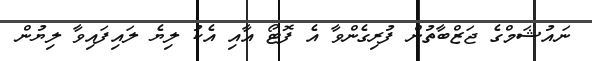
ނައުޝަމްގެ ޖަޒްބާތުން ފުރިގެންވާ އެ ފޮޓޯ އާއި އެކު ލިޔެ ލައިފައިވާ ލިޔުން